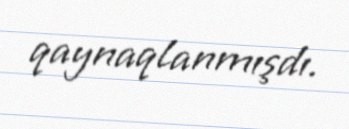
qaynaqlanmışdı.